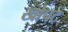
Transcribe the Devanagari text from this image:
खोपट